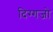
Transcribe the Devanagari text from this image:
दिग्गजो